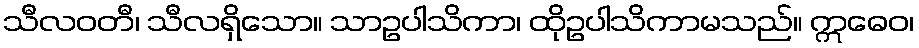
သီလဝတီ၊ သီလရှိသော။ သာဥပါသိကာ၊ ထိုဥပါသိကာမသည်။ ဣဓေဝ၊